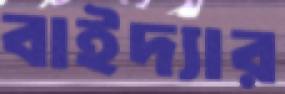
বাইদ্যার